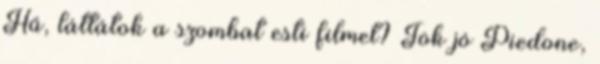
Hű, láttátok a szombat esti filmet? Tök jó Piedone,